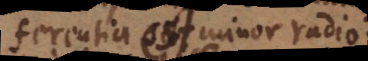
ferentia est minor radio,